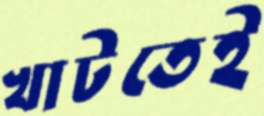
খাটতেই